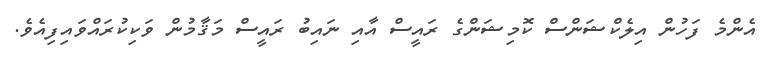
އެންމެ ފަހުން އިލެކްޝަންސް ކޮމިޝަންގެ ރައީސް އާއި ނައިބު ރައީސް މަޤާމުން ވަކިކުރައްވައިފިއެވެ.